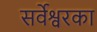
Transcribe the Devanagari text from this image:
सर्वेश्वरका